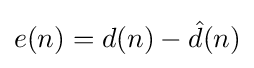
e(n)=d(n)-{\hat {d}}(n)